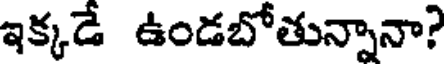
ఇక్కడే ఉండబోతున్నానా?